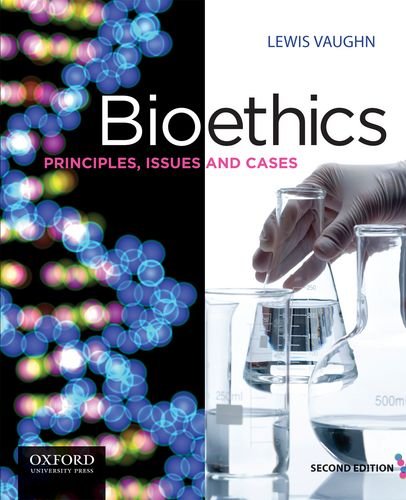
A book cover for Bioethics: Principles, Issues and Cases, 2nd Edition; Lewis Vaughn; Medical Books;